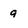
Character: 9